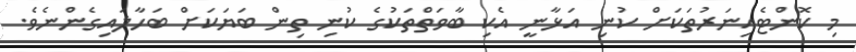
މި ކޮންޓެއިނަރުތަކަށް ކުނި އަޅާނީ އެކި ބާވަތްތަކުގެ ކުނި ތިން ބަޔަކަށް ބަހާލައިގެންނެވެ.